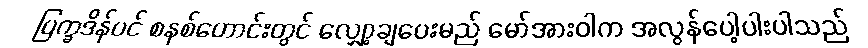
ပြက္ခဒိန်ပင် စနစ်ဟောင်းတွင် လျှော့ချပေးမည် မော်အားဝါက အလွန်ပေါ့ပါးပါသည်